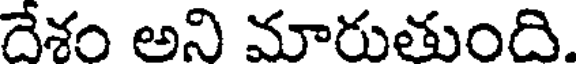
దేశం అని మారుతుంది.